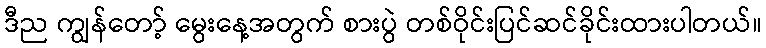
ဒီည ကျွန်တော့် မွေးနေ့အတွက် စားပွဲ တစ်ဝိုင်းပြင်ဆင်ခိုင်းထားပါတယ်။